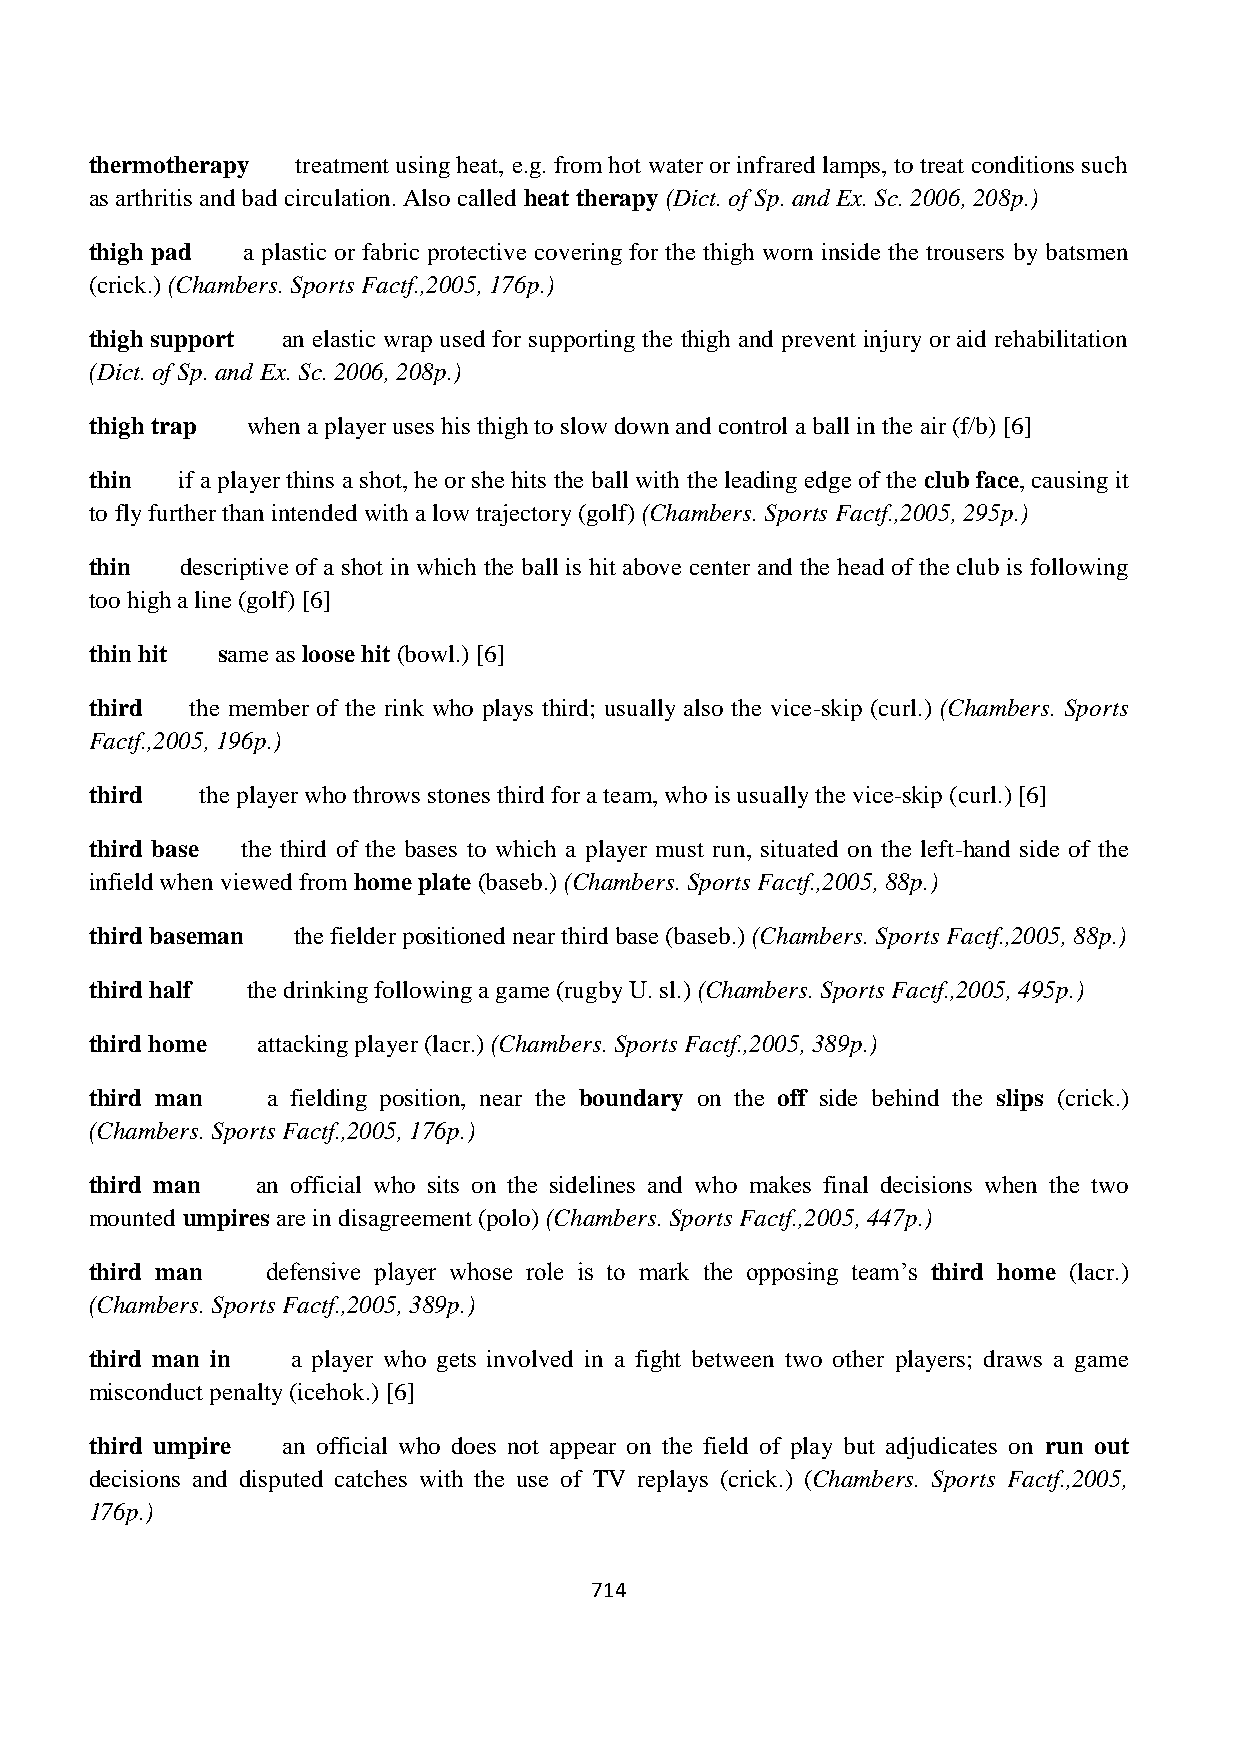
thermotherapy treatment using heat, e.g. from hot water or infrared lamps, to treat conditions such
 as arthritis and bad circulation. Also called heat therapy (Dict. of Sp. and Ex. Sc. 2006, 208p.)
 thigh pad a plastic or fabric protective covering for the thigh worn inside the trousers by batsmen
 (crick.) (Chambers. Sports Factf.,2005, 176p.)
 thigh support an elastic wrap used for supporting the thigh and prevent injury or aid rehabilitation
 (Dict. of Sp. and Ex. Sc. 2006, 208p.)
 thigh trap when a player uses his thigh to slow down and control a ball in the air (f/b) [6]
 thin  if a player thins a shot, he or she hits the ball with the leading edge of the club face, causing it
 to fly further than intended with a low trajectory (golf) (Chambers. Sports Factf.,2005, 295p.)
 thin  descriptive of a shot in which the ball is hit above center and the head of the club is following
 too high a line (golf) [6]
 thin hit same as loose hit (bowl.) [6]
 third  the member of the rink who plays third; usually also the vice-skip (curl.) (Chambers. Sports
 Factf.,2005, 196p.)
 third  the player who throws stones third for a team, who is usually the vice-skip (curl.) [6]
 third base the third of the bases to which a player must run, situated on the left-hand side of the
 infield when viewed from home plate (baseb.) (Chambers. Sports Factf.,2005, 88p.)
 third baseman the fielder positioned near third base (baseb.) (Chambers. Sports Factf.,2005, 88p.)
 third half the drinking following a game (rugby U. sl.) (Chambers. Sports Factf.,2005, 495p.)
 third home attacking player (lacr.) (Chambers. Sports Factf.,2005, 389p.)
 third man   a fielding position, near the boundary on the off side behind the slips (crick.)
 (Chambers. Sports Factf.,2005, 176p.)
 third man  an official who sits on the sidelines and who makes final decisions when the two
 mounted umpires are in disagreement (polo) (Chambers. Sports Factf.,2005, 447p.)
 third man   defensive player whose role is to mark the opposing team‟s third home (lacr.)
 (Chambers. Sports Factf.,2005, 389p.)
 third man in a player who gets involved in a fight between two other players; draws a game
 misconduct penalty (icehok.) [6]
 third umpire an official who does not appear on the field of play but adjudicates on run out
 decisions and disputed catches with the use of TV replays (crick.) (Chambers. Sports Factf.,2005,
 176p.)
 714